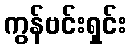
ကွန်ဗင်းရှင်း